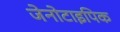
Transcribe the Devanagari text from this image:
जेनोटाइपिक